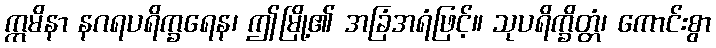
ဣမိနာ နဂရပရိက္ခရေန၊ ဤမြို့၏ အခြံအရံဖြင့်။ သုပရိက္ခိတ္တံ၊ ကောင်းစွာ